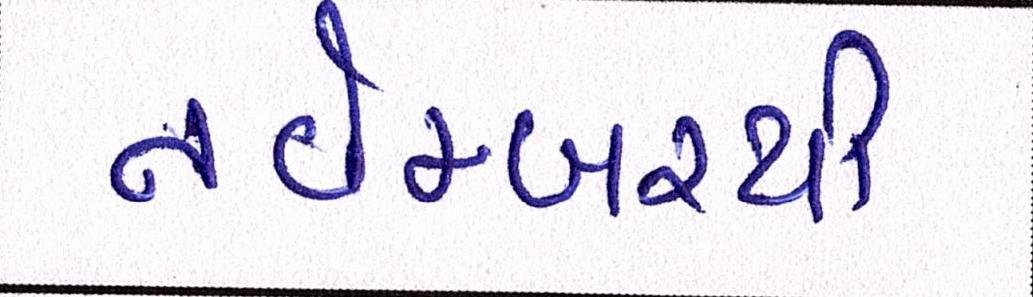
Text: નવેમ્બરથી